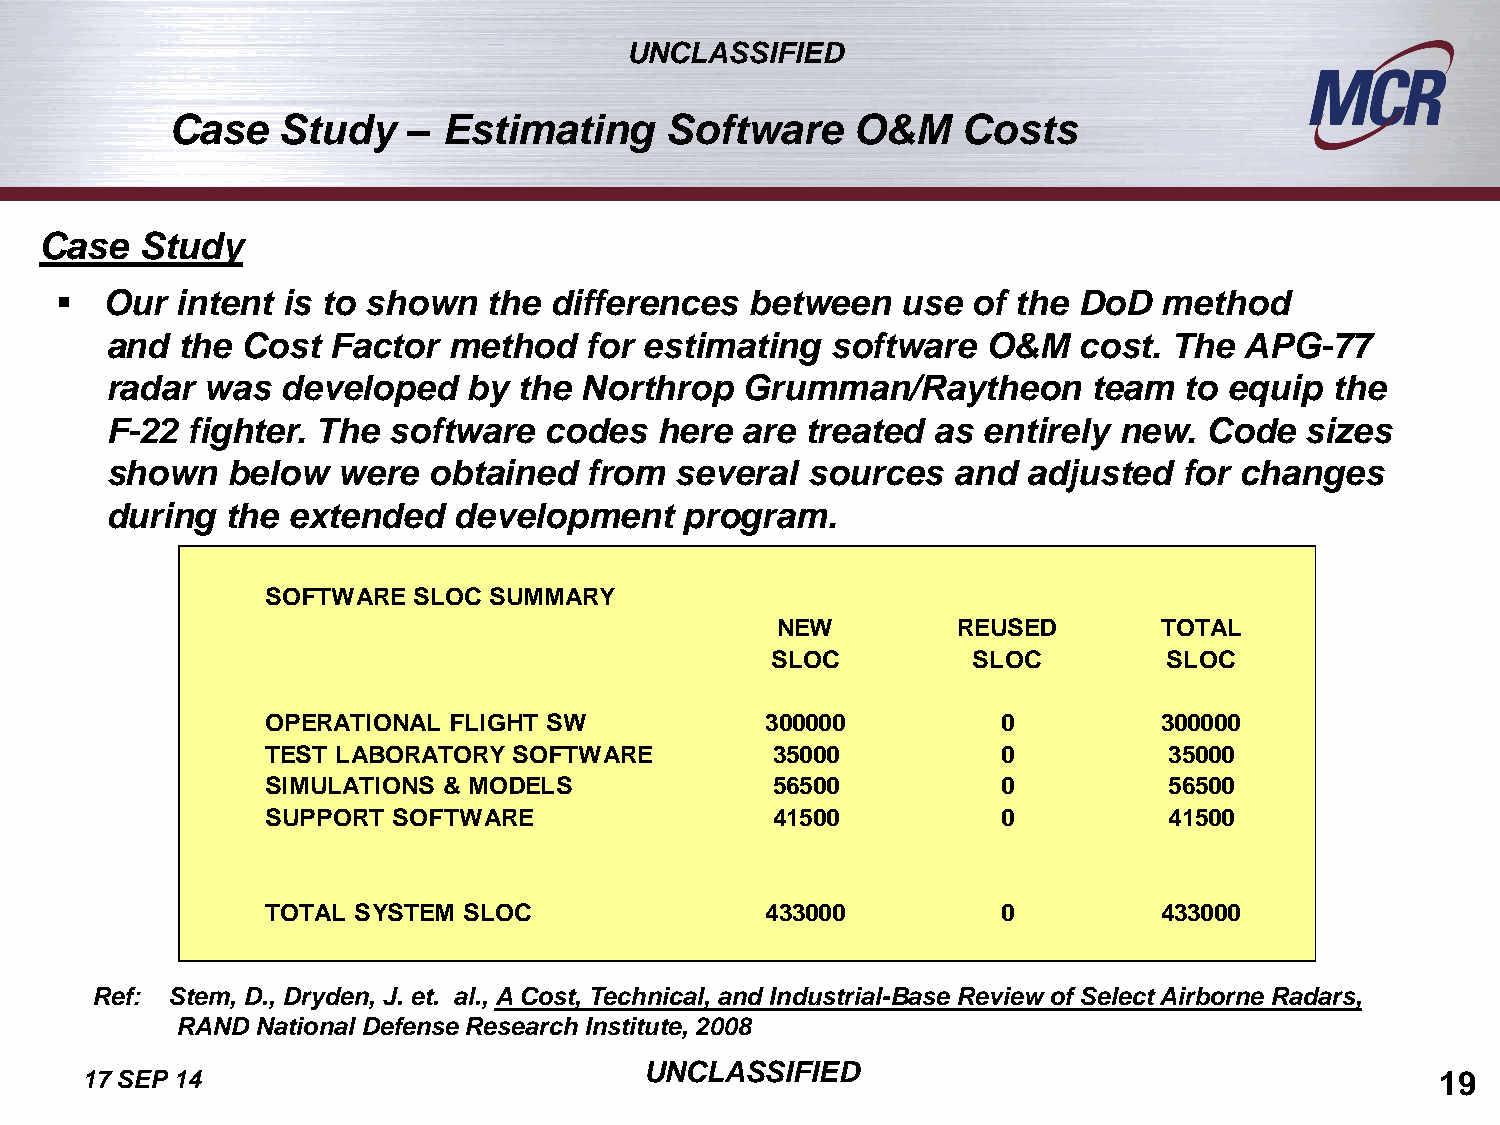
UNCLASSIFIED
 Case    Study   – Estimating     Software    O&M     Costs
 Case  Study
   Our  intent is to shown  the differences   between   use of the DoD   method
 and  the Cost  Factor  method   for estimating  software  O&M   cost.  The APG-77
 radar  was  developed   by the Northrop   Grumman/Raytheon       team  to equip  the
 F-22 fighter. The  software  codes   here are treated  as entirely new.  Code  sizes
 shown   below  were  obtained   from  several sources   and  adjusted  for changes
 during  the extended   development    program.
 SOFTWARE SLOC SUMMARY
 NEW         REUSED        TOTAL
 SLOC         SLOC         SLOC
 OPERATIONAL FLIGHT SW            300000         0          300000
 TEST LABORATORY SOFTWARE         35000          0          35000
 SIMULATIONS & MODELS             56500          0          56500
 SUPPORT SOFTWARE                 41500          0          41500
 TOTAL SYSTEM SLOC                433000         0          433000
 Ref: Stem, D., Dryden, J. et. al., A Cost, Technical, and Industrial-Base Review of Select Airborne Radars,
 RAND National Defense Research Institute, 2008
 UNCLASSIFIED
 17 SEP 14                                                                                 19